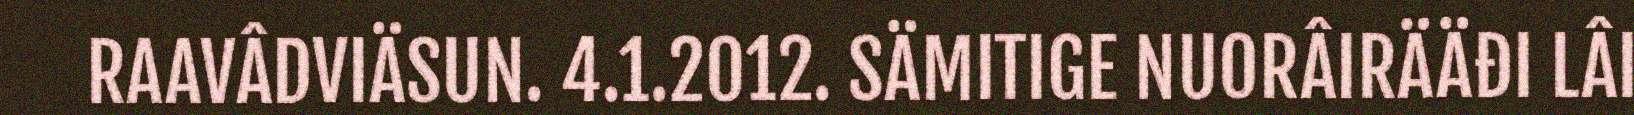
RAAVÂDVIÄSUN. 4.1.2012. SÄMITIGE NUORÂIRÄÄĐI LÂI